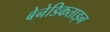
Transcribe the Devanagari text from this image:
बेनेडिकताइन